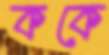
ককে